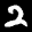
Label: 2